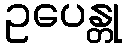
ဥပေန္တု